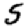
Digit: 5